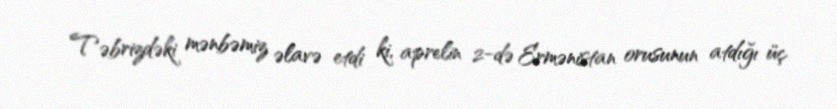
Təbrizdəki mənbəmiz əlavə etdi ki, aprelin 2-də Ermənistan orusunun atdığı üç